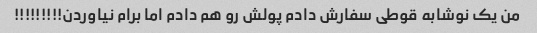
من یک نوشابه قوطی سفارش دادم پولش رو هم دادم اما برام نیاوردن!!!!!!!!!